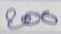
200